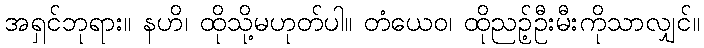
အရှင်ဘုရား။ နဟိ၊ ထိုသို့မဟုတ်ပါ။ တံယေဝ၊ ထိုညဉ့်ဦးမီးကိုသာလျှင်။